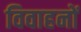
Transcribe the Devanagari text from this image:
विवाहनों